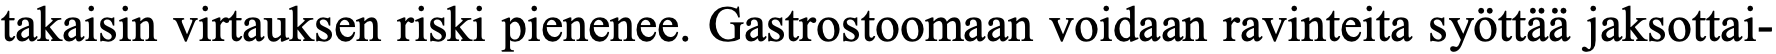
takaisin virtauksen riski pienenee. Gastrostoomaan voidaan ravinteita syöttää jaksottai-